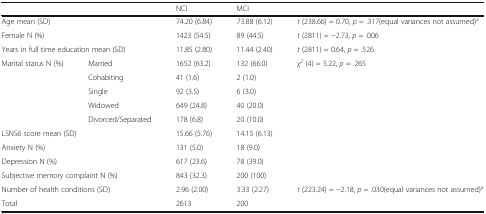
<table><thead><tr><td colspan="2"></td><td><b>NCI</b></td><td><b>MCI</b></td><td></td></tr></thead><tbody><tr><td colspan="2">Age mean (SD)</td><td>74.20 (6.84)</td><td>73.88 (6.12)</td><td><i>t</i> (238.66) = 0.70, <i>p</i> = .317(equal variances not assumed)<sup>a</sup></td></tr><tr><td colspan="2">Female N (%)</td><td>1423 (54.5)</td><td>89 (44.5)</td><td><i>t</i> (2811) = −2.73, <i>p</i> = .006</td></tr><tr><td colspan="2">Years in full time education mean (SD)</td><td>11.85 (2.80)</td><td>11.44 (2.40)</td><td><i>t</i> (2811) = 0.64, <i>p</i> = .526</td></tr><tr><td rowspan="5">Marital status N (%)</td><td>Married</td><td>1652 (63.2)</td><td>132 (66.0)</td><td rowspan="5"><i>χ</i><sup><i>2</i></sup> (4) = 5.22, <i>p</i> = .265</td></tr><tr><td>Cohabiting</td><td>41 (1.6)</td><td>2 (1.0)</td></tr><tr><td>Single</td><td>92 (3.5)</td><td>6 (3.0)</td></tr><tr><td>Widowed</td><td>649 (24.8)</td><td>40 (20.0)</td></tr><tr><td>Divorced/Separated</td><td>178 (6.8)</td><td>20 (10.0)</td></tr><tr><td colspan="2">LSNS6 score mean (SD)</td><td>15.66 (5.76)</td><td>14.15 (6.13)</td><td></td></tr><tr><td colspan="2">Anxiety N (%)</td><td>131 (5.0)</td><td>18 (9.0)</td><td></td></tr><tr><td colspan="2">Depression N (%)</td><td>617 (23.6)</td><td>78 (39.0)</td><td></td></tr><tr><td colspan="2">Subjective memory complaint N (%)</td><td>843 (32.3)</td><td>200 (100)</td><td></td></tr><tr><td colspan="2">Number of health conditions (SD)</td><td>2.96 (2.00)</td><td>3.33 (2.27)</td><td><i>t</i> (223.24) = −2.18, <i>p</i> = .030(equal variances not assumed)<sup>a</sup></td></tr><tr><td colspan="2">Total</td><td>2613</td><td>200</td><td></td></tr></tbody></table>